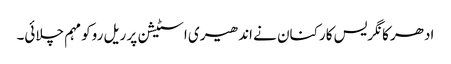
ادھر کانگریس کارکنان نے اندھیری اسٹیشن پر ریل روکو مہم چلائی۔